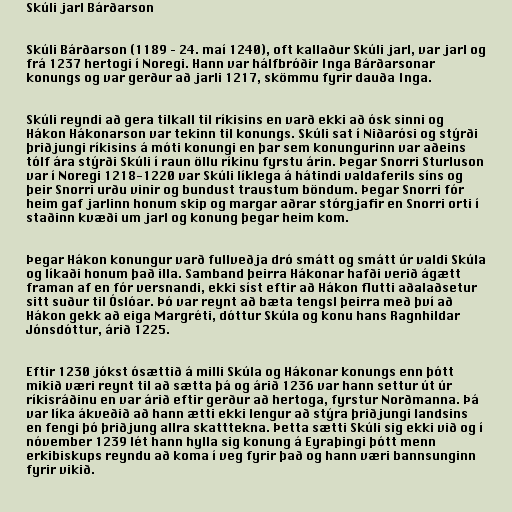
Skúli jarl Bárðarson

Skúli Bárðarson (1189 – 24. maí 1240), oft kallaður Skúli jarl, var jarl og
frá 1237 hertogi í Noregi. Hann var hálfbróðir Inga Bárðarsonar
konungs og var gerður að jarli 1217, skömmu fyrir dauða Inga.

Skúli reyndi að gera tilkall til ríkisins en varð ekki að ósk sinni og
Hákon Hákonarson var tekinn til konungs. Skúli sat í Niðarósi og stýrði
þriðjungi ríkisins á móti konungi en þar sem konungurinn var aðeins
tólf ára stýrði Skúli í raun öllu ríkinu fyrstu árin. Þegar Snorri Sturluson
var í Noregi 1218-1220 var Skúli líklega á hátindi valdaferils síns og
þeir Snorri urðu vinir og bundust traustum böndum. Þegar Snorri fór
heim gaf jarlinn honum skip og margar aðrar stórgjafir en Snorri orti í
staðinn kvæði um jarl og konung þegar heim kom.

Þegar Hákon konungur varð fullveðja dró smátt og smátt úr valdi Skúla
og líkaði honum það illa. Samband þeirra Hákonar hafði verið ágætt
framan af en fór versnandi, ekki síst eftir að Hákon flutti aðalaðsetur
sitt suður til Óslóar. Þó var reynt að bæta tengsl þeirra með því að
Hákon gekk að eiga Margréti, dóttur Skúla og konu hans Ragnhildar
Jónsdóttur, árið 1225.

Eftir 1230 jókst ósættið á milli Skúla og Hákonar konungs enn þótt
mikið væri reynt til að sætta þá og árið 1236 var hann settur út úr
ríkisráðinu en var árið eftir gerður að hertoga, fyrstur Norðmanna. Þá
var líka ákveðið að hann ætti ekki lengur að stýra þriðjungi landsins
en fengi þó þriðjung allra skatttekna. Þetta sætti Skúli sig ekki við og í
nóvember 1239 lét hann hylla sig konung á Eyraþingi þótt menn
erkibiskups reyndu að koma í veg fyrir það og hann væri bannsunginn
fyrir vikið.